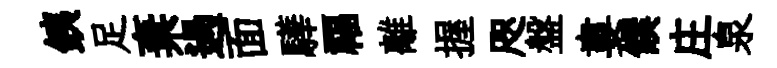
銕足棄過面驊福離握咫盤婁饌庄泉